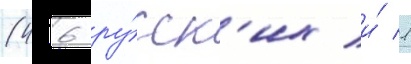
(46 ру́сск'их и́ 1